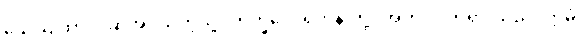
သေယျထာပိ၊ ဆိုအပ်သကဲ့သို့။ ဘိက္ခဝေ၊ ရဟန်းတို့။ အဟံ၊ ငါဘုရားသည်။ ဣမံ